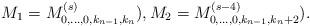
LaTeX: \begin{align*}M_1 = M_{0,\ldots,0,k_{n-1},k_{n}}^{(s)}), M_2 = M_{0,\ldots,0,k_{n-1},k_{n}+2}^{(s-4)}).\end{align*}